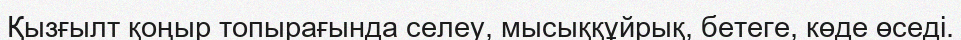
Қызғылт қоңыр топырағында селеу, мысыққұйрық, бетеге, көде өседі.